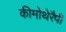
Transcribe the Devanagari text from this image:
कीमोथेरैपी